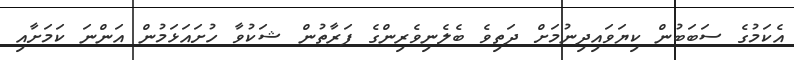
އެކަމުގެ ސަބަބުން ކިޔަވައިދިނުމަށް ދަތިވެ ބެލެނިވެރިންގެ ފަރާތުން ޝަކުވާ ހުށައަޅަމުން އަންނަ ކަމަށާއި